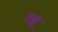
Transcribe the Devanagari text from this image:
गस्र्र